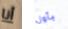
أنا بأول